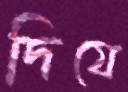
দিযে